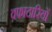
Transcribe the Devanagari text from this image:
वफादारियों